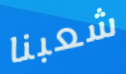
شعبنا